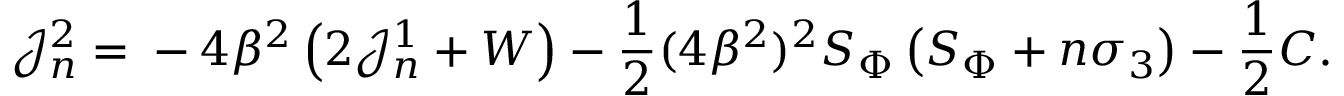
\mathcal J _ { n } ^ { 2 } = { } - 4 \beta ^ { 2 } \left( 2 \mathcal J _ { n } ^ { 1 } + { \cal W } \right) - \frac { 1 } { 2 } ( 4 \beta ^ { 2 } ) ^ { 2 } { \cal S } _ { \Phi } \left( { \cal S } _ { \Phi } + n \sigma _ { 3 } \right) - \frac 1 2 { \cal C } .